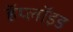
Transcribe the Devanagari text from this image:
हॅप्लॉइड